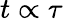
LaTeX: t\propto\tau